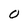
Character: O